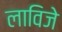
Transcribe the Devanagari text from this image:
लाविजे